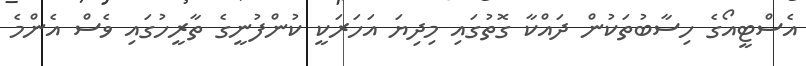
އެސްޓީއޯގެ ހިސާބުތަކުން ދައްކާ ގޮތުގައި މިދިޔަ އަހަރަކީ ކުންފުނީގެ ތާރީހުގައި ވެސް އެންމެ